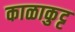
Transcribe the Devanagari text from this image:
काळाकुट्ट